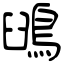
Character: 䳎